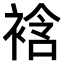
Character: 𧚼